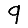
Digit: 9